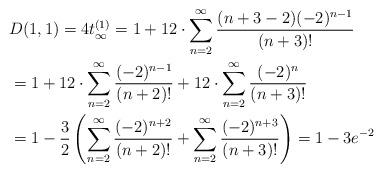
LaTeX: \begin{align*}\begin{aligned}& D(1,1)=4t_\infty^{(1)}=1+12\cdot\sum_{n=2}^\infty \frac{(n+3-2)(-2)^{n-1}}{(n+3)!} \\& =1+12\cdot\sum_{n=2}^\infty \frac{(-2)^{n-1}}{(n+2)!}+12\cdot\sum_{n=2}^\infty \frac{(-2)^{n}}{(n+3)!} \\& =1-\frac{3}{2}\left(\sum_{n=2}^\infty \frac{(-2)^{n+2}}{(n+2)!}+\sum_{n=2}^\infty \frac{(-2)^{n+3}}{(n+3)!}\right)=1-3e^{-2}\end{aligned}\end{align*}